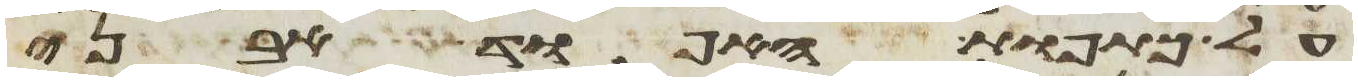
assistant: על כתפות האפוד אבני